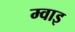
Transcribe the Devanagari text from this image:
म्वाइ